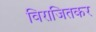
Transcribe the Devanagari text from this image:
विराजितकर